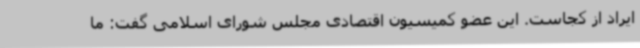
ایراد از کجاست. این عضو کمیسیون اقتصادی مجلس شورای اسلامی گفت: ما